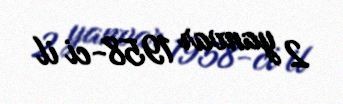
2 yanvar 1958-ci il